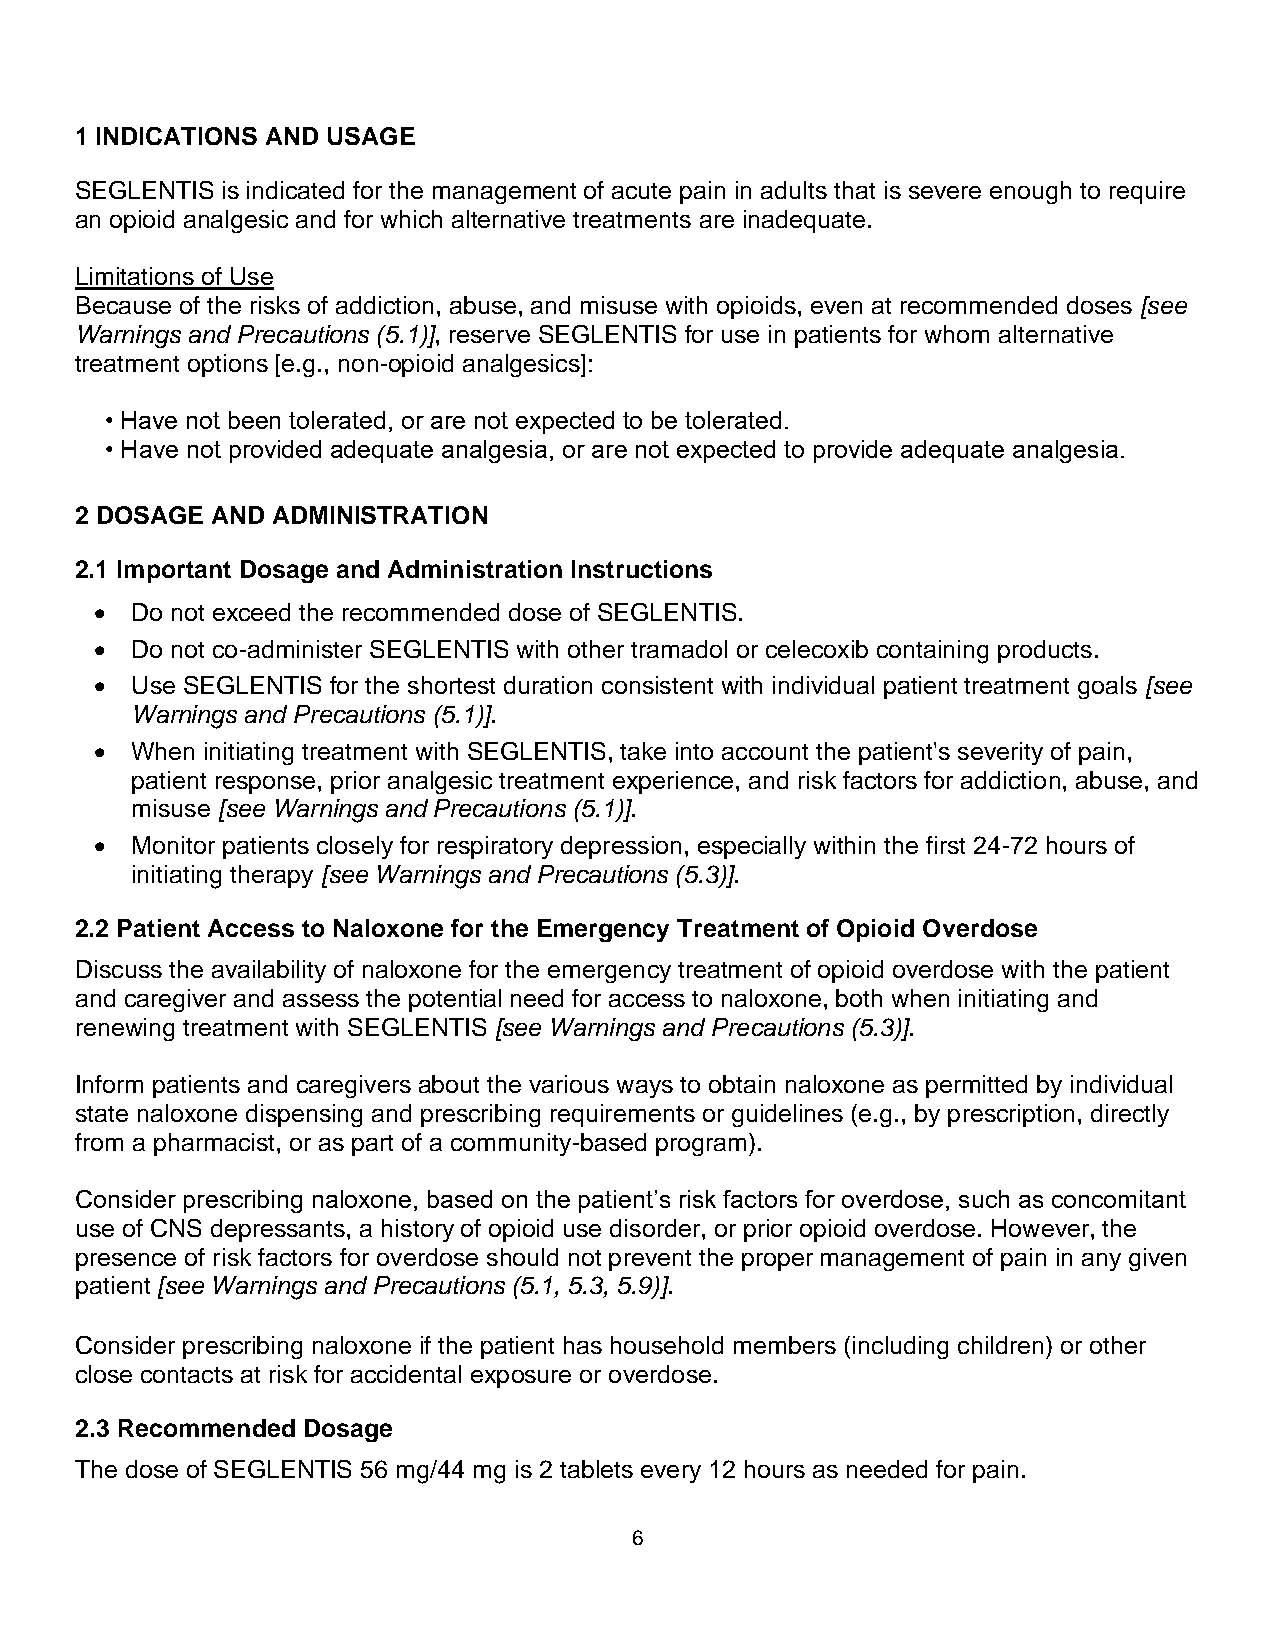
1 INDICATIONS AND USAGE
 SEGLENTIS is indicated for the management of acute pain in adults that is severe enough to require
 an opioid analgesic and for which alternative treatments are inadequate.
 Limitations of Use
 Because of the risks of addiction, abuse, and misuse with opioids, even at recommended doses [see
 Warnings and Precautions (5.1)], reserve SEGLENTIS for use in patients for whom alternative
 treatment options [e.g., non-opioid analgesics]:
 • Have not been tolerated, or are not expected to be tolerated.
 • Have not provided adequate analgesia, or are not expected to provide adequate analgesia.
 2 DOSAGE AND ADMINISTRATION
 2.1 Important Dosage and Administration Instructions
 •  Do not exceed the recommended dose of SEGLENTIS.
 •  Do not co-administer SEGLENTIS with other tramadol or celecoxib containing products.
 •  Use SEGLENTIS for the shortest duration consistent with individual patient treatment goals [see
 Warnings and Precautions (5.1)].
 •  When initiating treatment with SEGLENTIS, take into account the patient's severity of pain,
 patient response, prior analgesic treatment experience, and risk factors for addiction, abuse, and
 misuse [see Warnings and Precautions (5.1)].
 •  Monitor patients closely for respiratory depression, especially within the first 24-72 hours of
 initiating therapy [see Warnings and Precautions (5.3)].
 2.2 Patient Access to Naloxone for the Emergency Treatment of Opioid Overdose
 Discuss the availability of naloxone for the emergency treatment of opioid overdose with the patient
 and caregiver and assess the potential need for access to naloxone, both when initiating and
 renewing treatment with SEGLENTIS [see Warnings and Precautions (5.3)].
 Inform patients and caregivers about the various ways to obtain naloxone as permitted by individual
 state naloxone dispensing and prescribing requirements or guidelines (e.g., by prescription, directly
 from a pharmacist, or as part of a community-based program).
 Consider prescribing naloxone, based on the patient’s risk factors for overdose, such as concomitant
 use of CNS depressants, a history of opioid use disorder, or prior opioid overdose. However, the
 presence of risk factors for overdose should not prevent the proper management of pain in any given
 patient [see Warnings and Precautions (5.1, 5.3, 5.9)].
 Consider prescribing naloxone if the patient has household members (including children) or other
 close contacts at risk for accidental exposure or overdose.
 2.3 Recommended Dosage
 The dose of SEGLENTIS 56 mg/44 mg is 2 tablets every 12 hours as needed for pain.
 6